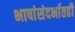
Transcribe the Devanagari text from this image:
भाषांसंदर्भातही